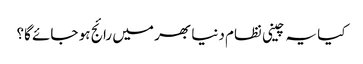
کیا یہ چینی نظام دنیا بھر میں رائج ہو جائے گا؟